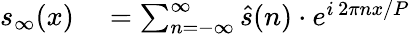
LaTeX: \begin{array}{rlrl}{s_{\infty}(x)}&{{}=\sum_{n=-\infty}^{\infty}{\hat{s}}(n)\cdot e^{i\, 2\pi nx/P}}\end{array}